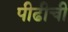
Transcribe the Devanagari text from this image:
पीढीची